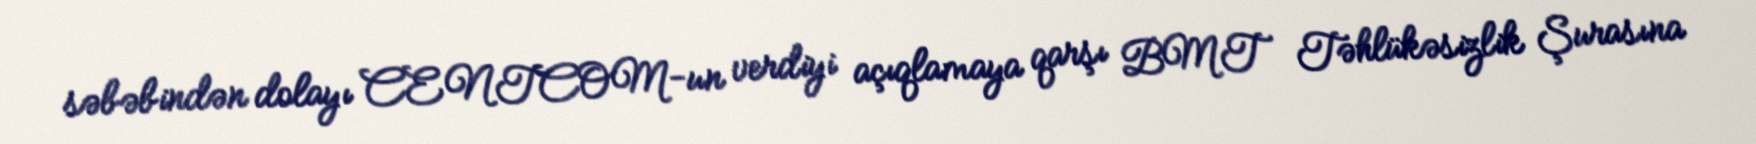
səbəbindən dolayı CENTCOM-un verdiyi açıqlamaya qarşı BMT Təhlükəsizlik Şurasına